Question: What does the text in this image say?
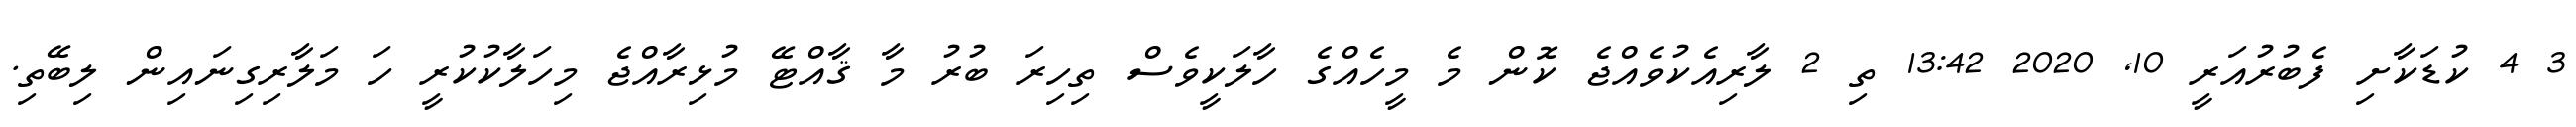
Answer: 3 4 ކުޑަކާށި ފެބުރުއަރީ 10, 2020 13:42 ތި 2 ލާރިއެކުވެއްޖެ ކޮން މެ މީހެއްގެ ހާލަކީވެސް ތިހިރަ ބުރު މާ ޤާއްޓޭ މުޅިރާއްޖެ މިހަލާކުކުރީ ހަ މަލާރިގިނައިން ލިބޭތި.